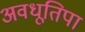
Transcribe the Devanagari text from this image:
अवधूतिपा